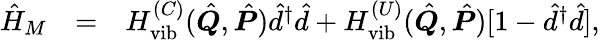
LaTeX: \begin{array}{rlr}{\hat{H}_{M}}&{=}&{H_{\textrm{vib}}^{(C)}(\hat{\boldsymbol{Q}},\hat{\boldsymbol{P}})\hat{d}^{\dagger}\hat{d}+H_{\textrm{vib}}^{(U)}(\hat{\boldsymbol{Q}},\hat{\boldsymbol{P}})[1-\hat{d}^{\dagger}\hat{d}],}\end{array}